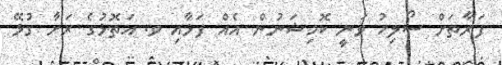
ފަރާތަށް ސޯލިހު ވަނީ ކޮމިޝަނުން އެއް ފަޅާއި ވ. އަތޮޅުގެ ރަށާ ގުޅޭ